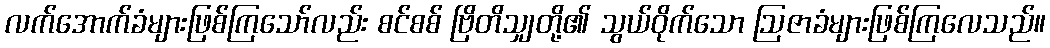
လက်အောက်ခံများဖြစ်ကြသော်လည်း စင်စစ် ဗြိတိသျှတို့၏ သွယ်ဝိုက်သော ဩဇာခံများဖြစ်ကြလေသည်။